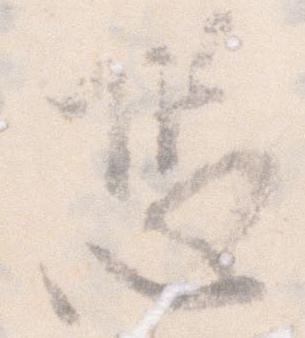
恐